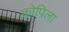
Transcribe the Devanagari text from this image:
कोपिला